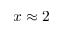
x \approx 2